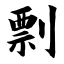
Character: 剽